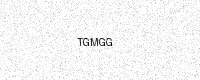
Text: TGMGG